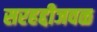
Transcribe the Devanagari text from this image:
सरहद्दीजवळ